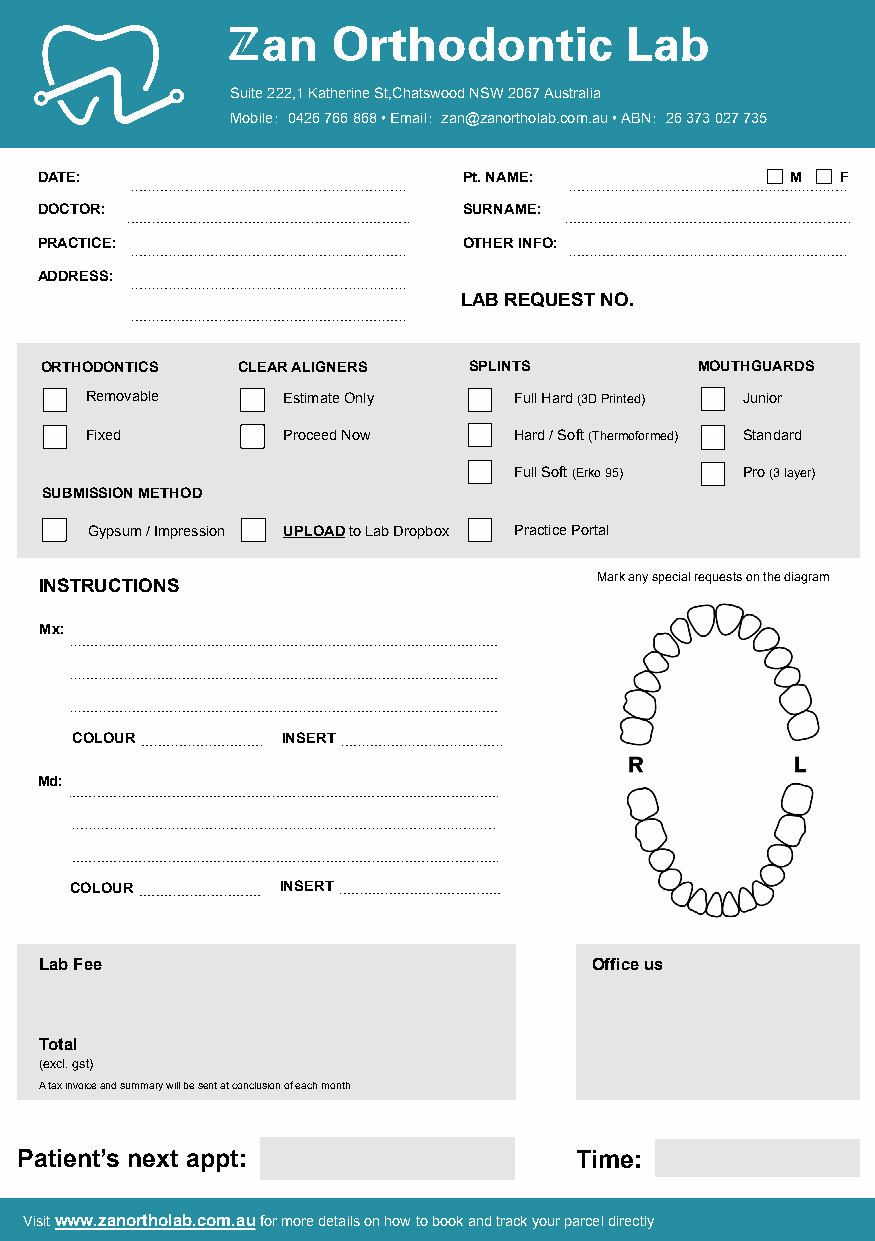
Suite 222,1 Katherine St,Chatswood NSW 2067 Australia
 Mobile：0426 766 868 • Email：zan@zanortholab.com.au • ABN：26 373 027 735
 DATE:                       Pt. NAME:            M   F
 DOCTOR:                     SURNAME:
 PRACTICE:                   OTHER INFO:
 ADDRESS:
 LAB REQUEST NO.
 PRODUCTS
 ORTHODONTICS CLEAR ALIGNERS SPLINTS        MOUTHGUARDS
 Removable    Estimate Only  Full Hard (3D Printed) Junior
 Fixed        Proceed Now    Hard / Soft (Thermoformed) Standard
 )  Full Soft (Erko 95) Pro (3 layer)
 SUBMISSION METHOD
 Gypsum / Impression UPLOAD to Lab Dropbox Practice Portal
 Mark any special requests on the diagram
 INSTRUCTIONS
 Mx:
 COLOUR        INSERT
 Md:
 COLOUR        INSERT
 Lab Fee                             Office us
 Total
 (excl. gst)
 A tax invoice and summary will be sent at conclusion of each month
 Patient’s next appt:                 Time:
 Visit www.zanortholab.com.au for more details on how to book and track your parcel directly